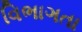
વિભાગતા